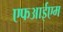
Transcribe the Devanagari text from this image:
एफआईएम